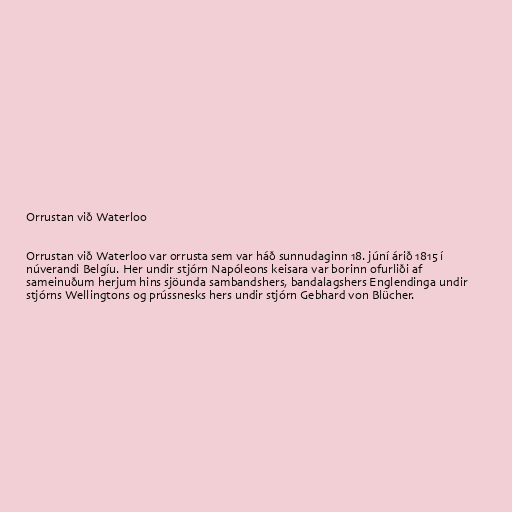
Orrustan við Waterloo

Orrustan við Waterloo var orrusta sem var háð sunnudaginn 18. júní árið 1815 í
núverandi Belgíu. Her undir stjórn Napóleons keisara var borinn ofurliði af
sameinuðum herjum hins sjöunda sambandshers, bandalagshers Englendinga undir
stjórns Wellingtons og prússnesks hers undir stjórn Gebhard von Blücher.